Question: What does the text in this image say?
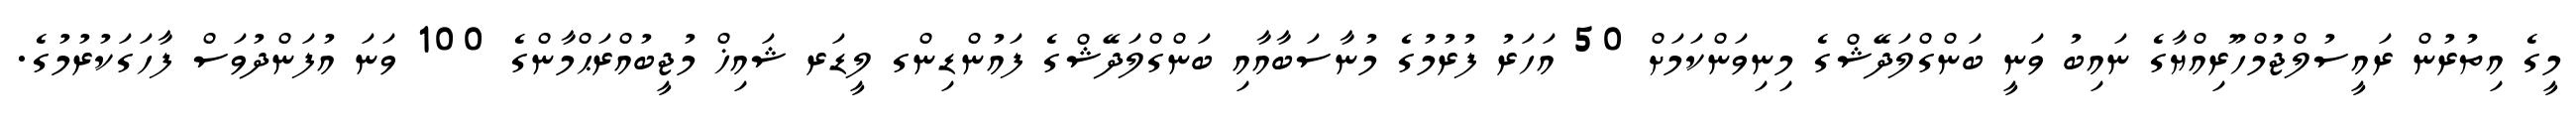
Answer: މީގެ އިތުރުން ރައީސުލްޖުމްހޫރިއްޔާގެ ނައިބު ވަނީ ބަންގްލަދޭޝްގެ މިނިވަންކަމަށް 50 އަހަރު ފުރުމުގެ މުނާސަބާއާއި ބަންގްލަދޭޝްގެ ފައުންޑިންގ ލީޑަރ ޝައިޚް މުޖީބުއްރަޙްމާންގެ 100 ވަނަ އުފަންދުވަސް ފާހަގަކުރުމުގެ.